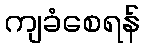
ကျခံစေရန်